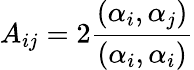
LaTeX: A_{ij}=2{\frac{\left(\alpha_{i},\alpha_{j}\right)}{\left(\alpha_{i},\alpha_{i}\right)}}